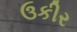
ઉકીર